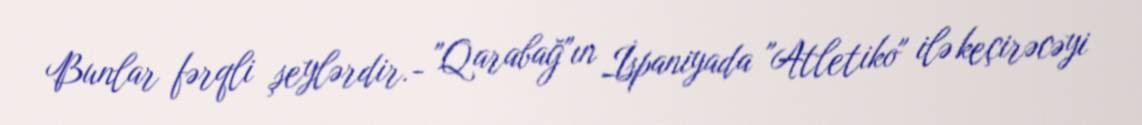
Bunlar fərqli şeylərdir.- "Qarabağ"ın İspaniyada "Atletiko" ilə keçirəcəyi